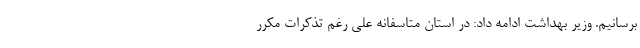
برسانیم. وزیر بهداشت ادامه داد: در استان متاسفانه علی رغم تذکرات مکرر